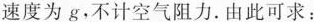
速度为g，不计空气阻力。由此可求：